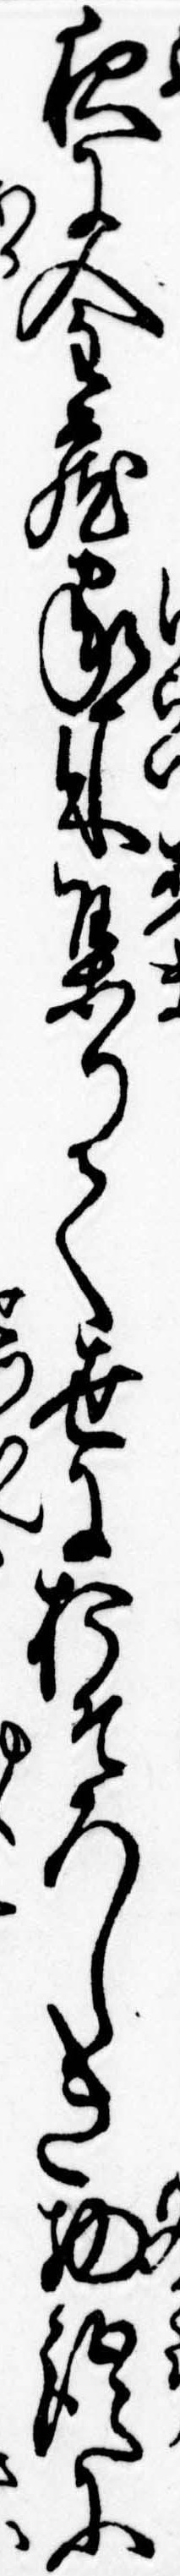
夜に金蔵家来集りて世におそろしき物語に